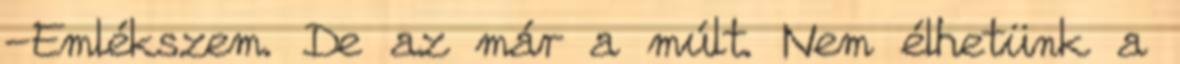
-Emlékszem. De az már a múlt. Nem élhetünk a